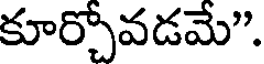
కూర్చోవడమే".